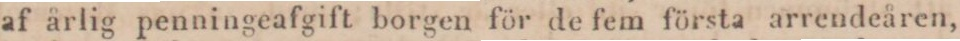
af årlig penningeafgift borgen för de fem första arrendeåren,